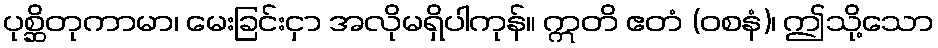
ပုစ္ဆိတုကာမာ၊ မေးခြင်းငှာ အလိုမရှိပါကုန်။ ဣတိ ဧတံ (ဝစနံ)၊ ဤသို့သော